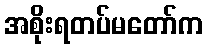
အစိုးရတပ်မတော်က